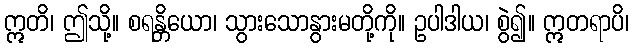
ဣတိ၊ ဤသို့။ စရန္တိယော၊ သွားသောနွားမတို့ကို။ ဥပါဒါယ၊ စွဲ၍။ ဣတရာပိ၊